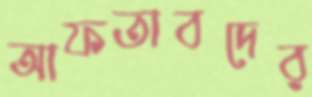
আফতাবদের